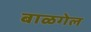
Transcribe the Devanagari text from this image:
बाळगेल